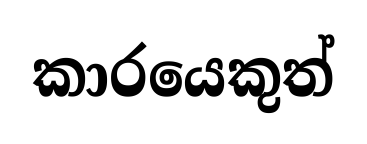
කාරයෙකුත්